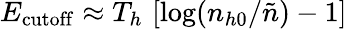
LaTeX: E_{\mathrm{cutoff}}\approx T_{h}\, \left[\log(n_{h0}/\tilde{n})-1\right]